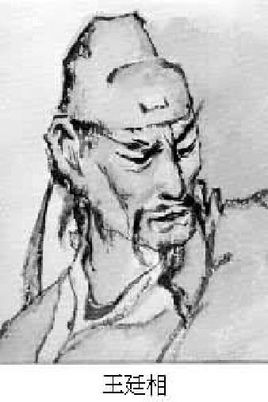
杯酒相延，今夕不应慳。